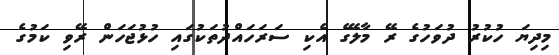
މިދިޔަ ހުކުރު ދުވަހުގެ ރޭ މާލޭގެ އެކި ސަރަހައްދުތަކުގައި ހުޅުޖަހަން ރޭވި ކަމުގެ